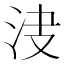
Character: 𣲺